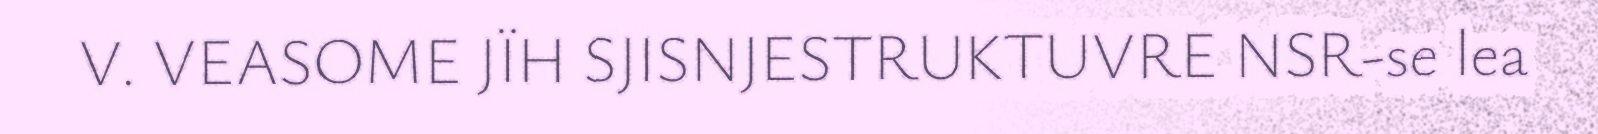
V. VEASOME JÏH SJISNJESTRUKTUVRE NSR-se lea